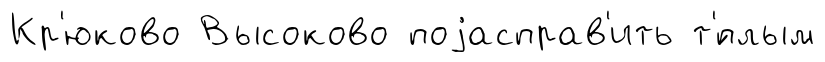
Кр'юково Высоково поjасправ'ить т'́плым